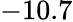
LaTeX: -10.7